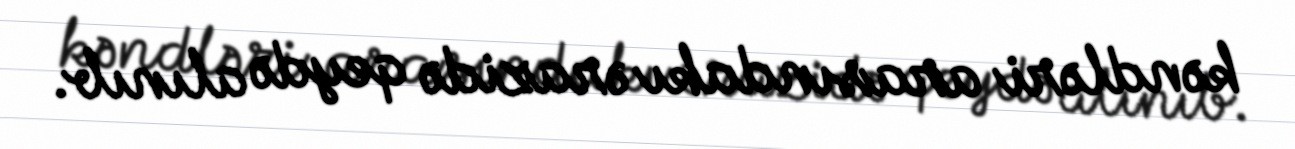
kəndləri arasındakı ərazidə qeydə alınıb.